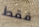
فقط